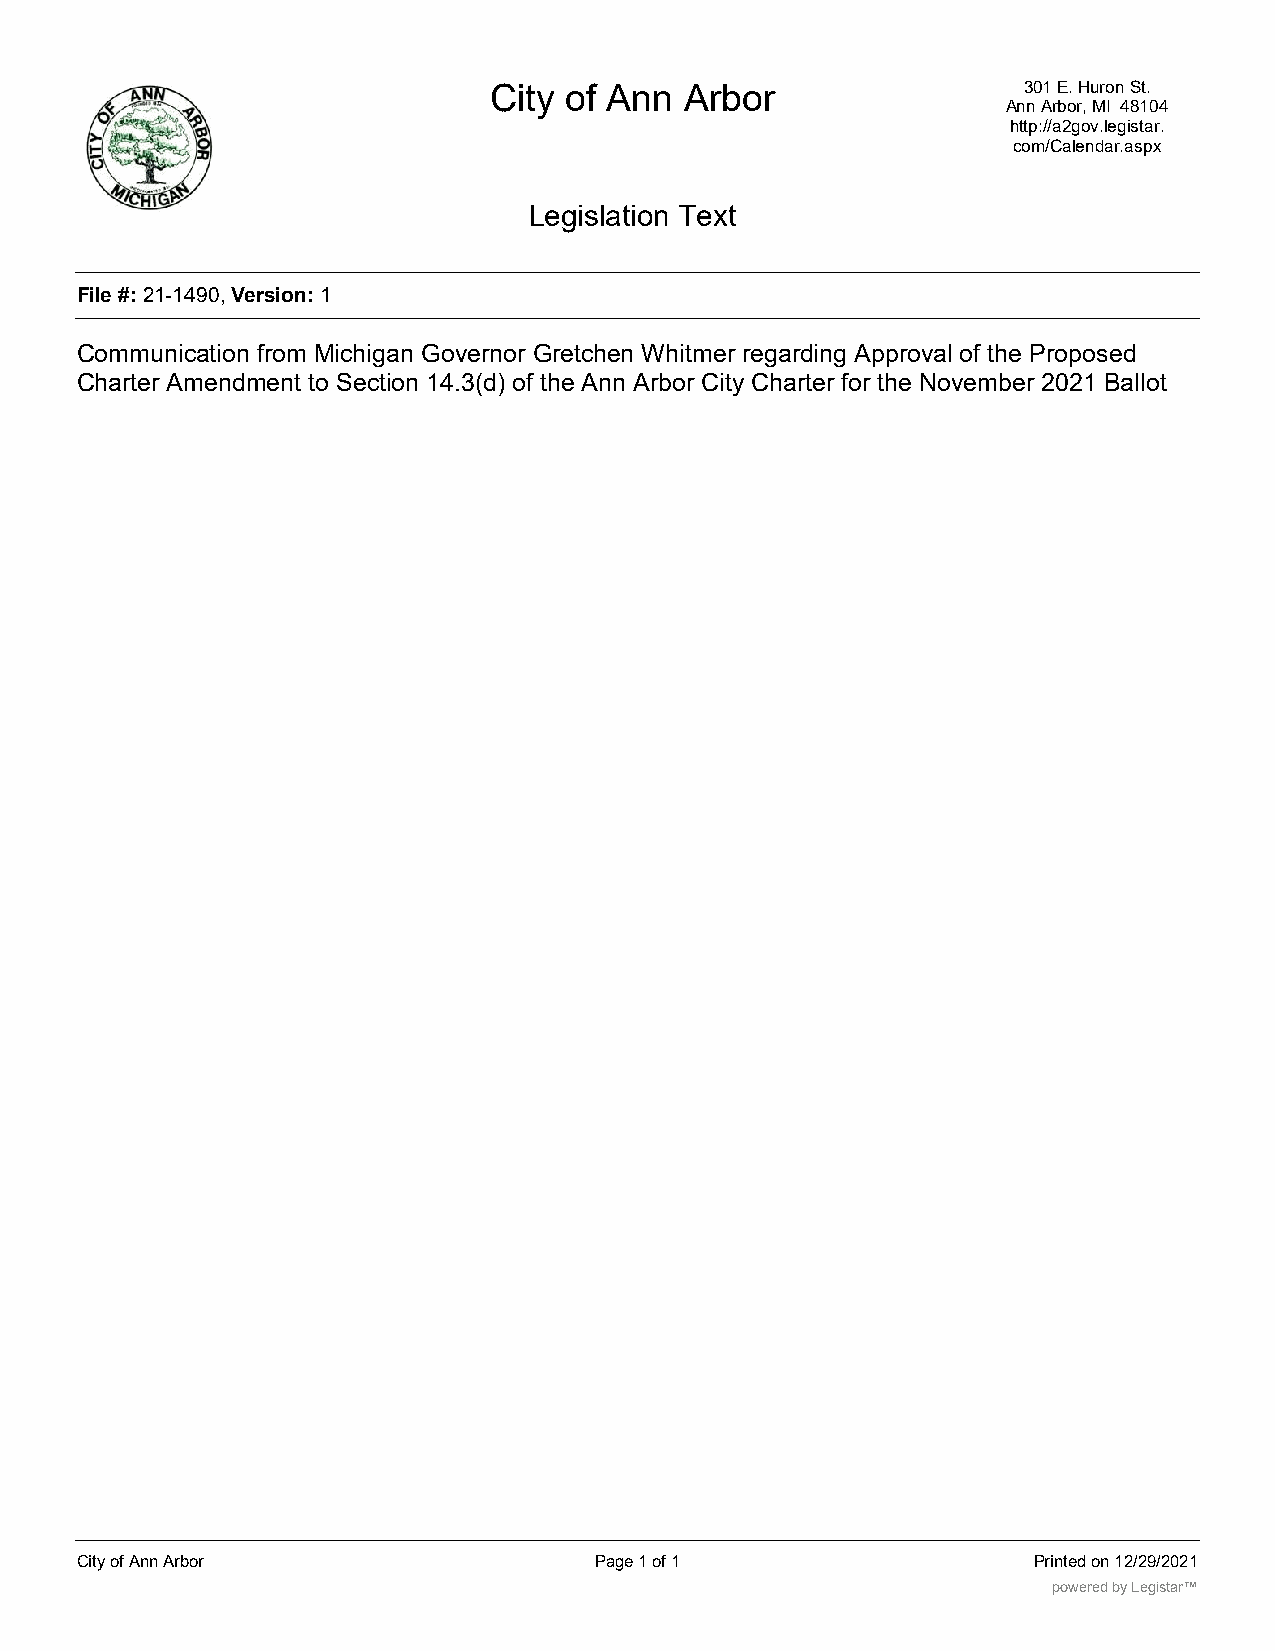
City of Ann  Arbor                  301 E. Huron St.
 Ann Arbor, MI 48104
 http://a2gov.legistar.
 com/Calendar.aspx
 Legislation Text
 File #:21-1490,Version:1
 Communication from Michigan Governor Gretchen Whitmer regarding Approval of the Proposed
 Charter Amendment to Section 14.3(d) of the Ann Arbor City Charter for the November 2021 Ballot
 City of Ann Arbor                 Page 1 of 1                  Printed on 12/29/2021
 powered by Legistar™